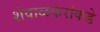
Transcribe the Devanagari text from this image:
शेवाळकरांकडे